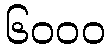
၆၀၀၀